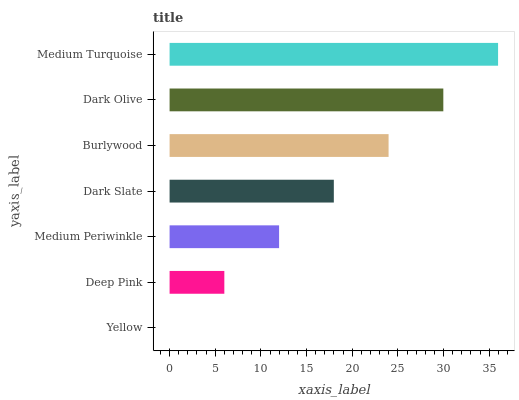
| yaxis_label | bars |
 | --- | --- |
 | Yellow | 0 |
 | Deep Pink | 5.99 |
 | Medium Periwinkle | 12 |
 | Dark Slate | 18 |
 | Burlywood | 24 |
 | Dark Olive | 30 |
 | Medium Turquoise | 36 |